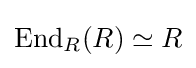
\operatorname {End} _{R}(R)\simeq R